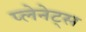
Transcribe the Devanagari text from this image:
प्लेनेट्स